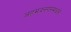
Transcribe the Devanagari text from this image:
अहमदनगरमधले